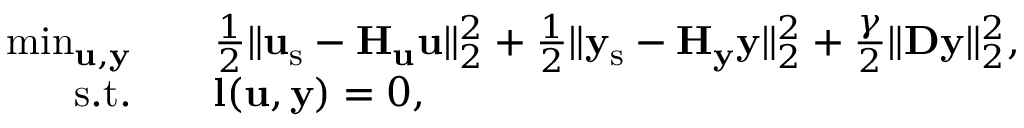
\begin{array} { r l } { \operatorname* { m i n } _ { \mathbf { u } , \mathbf { y } } \quad } & { \frac { 1 } { 2 } \| \mathbf { u } _ { \mathrm { s } } - \mathbf { H } _ { \mathbf { u } } \mathbf { u } \| _ { 2 } ^ { 2 } + \frac { 1 } { 2 } \| \mathbf { y } _ { \mathrm { s } } - \mathbf { H } _ { \mathbf { y } } \mathbf { y } \| _ { 2 } ^ { 2 } + \frac { \gamma } { 2 } \| \mathbf { D } \mathbf { y } \| _ { 2 } ^ { 2 } , } \\ { \mathrm { s . t . } \quad } & { \mathbf { l } ( \mathbf { u } , \mathbf { y } ) = 0 , } \end{array}